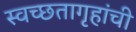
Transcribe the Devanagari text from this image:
स्वच्छतागृहांची